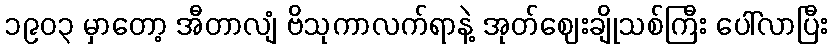
၁၉၀၃ မှာတော့ အီတာလျံ ဗိသုကာလက်ရာနဲ့ အုတ်ဈေးချိုသစ်ကြီး ပေါ်လာပြီး